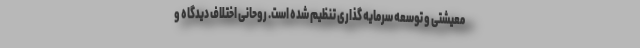
معیشتی و توسعه سرمایه گذاری تنظیم شده است. روحانی اختلاف دیدگاه و